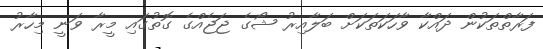
ފަރާތްތަކުން ދައްކާ ވާހަކަތަކަށް ބަލާއިރު ޝޯގެ ޖަޖެއްގެ ގޮތުގައި މީރާ ވަނީ މިހާރު